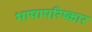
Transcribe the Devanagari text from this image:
भाषापरिष्कार